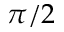
\pi / 2